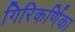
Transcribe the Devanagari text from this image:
गिरिकर्णिका